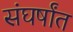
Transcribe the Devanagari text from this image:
संघर्षांत